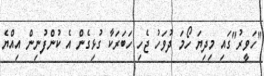
"ހަވީރު"ގައި މިދިޔަ ހޯމަ ދުވަހު ޖެހި ހަބަރަކާ ގުޅިގެން އެ ކުންފުނިން އިއްޔެ